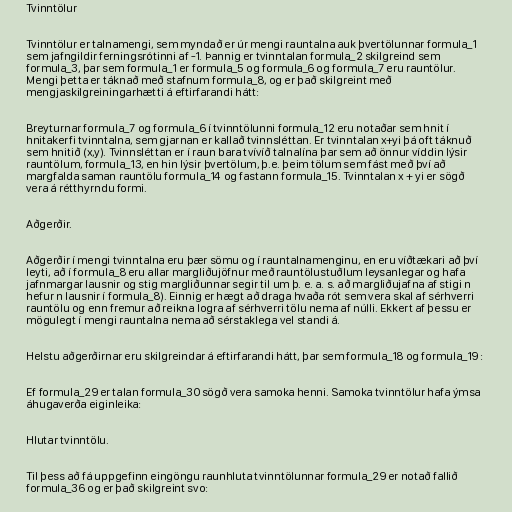
Tvinntölur

Tvinntölur er talnamengi, sem myndað er úr mengi rauntalna auk þvertölunnar formula_1
sem jafngildir ferningsrótinni af -1. Þannig er tvinntalan formula_2 skilgreind sem
formula_3, þar sem formula_1 er formula_5 og formula_6 og formula_7 eru rauntölur.
Mengi þetta er táknað með stafnum formula_8, og er það skilgreint með
mengjaskilgreiningarhætti á eftirfarandi hátt:

Breyturnar formula_7 og formula_6 í tvinntölunni formula_12 eru notaðar sem hnit í
hnitakerfi tvinntalna, sem gjarnan er kallað tvinnsléttan. Er tvinntalan x+yi þá oft táknuð
sem hnitið (x,y). Tvinnsléttan er í raun bara tvívíð talnalína þar sem að önnur víddin lýsir
rauntölum, formula_13, en hin lýsir þvertölum, þ.e. þeim tölum sem fást með því að
margfalda saman rauntölu formula_14 og fastann formula_15. Tvinntalan x + yi er sögð
vera á rétthyrndu formi.

Aðgerðir.

Aðgerðir í mengi tvinntalna eru þær sömu og í rauntalnamenginu, en eru víðtækari að því
leyti, að í formula_8 eru allar margliðujöfnur með rauntölustuðlum leysanlegar og hafa
jafnmargar lausnir og stig margliðunnar segir til um þ. e. a. s. að margliðujafna af stigi n
hefur n lausnir í formula_8). Einnig er hægt að draga hvaða rót sem vera skal af sérhverri
rauntölu og enn fremur að reikna logra af sérhverri tölu nema af núlli. Ekkert af þessu er
mögulegt í mengi rauntalna nema að sérstaklega vel standi á.

Helstu aðgerðirnar eru skilgreindar á eftirfarandi hátt, þar sem formula_18 og formula_19 :

Ef formula_29 er talan formula_30 sögð vera samoka henni. Samoka tvinntölur hafa ýmsa
áhugaverða eiginleika:

Hlutar tvinntölu.

Til þess að fá uppgefinn eingöngu raunhluta tvinntölunnar formula_29 er notað fallið
formula_36 og er það skilgreint svo: